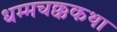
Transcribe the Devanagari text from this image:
धम्मचक्ककथा